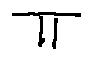
\pi